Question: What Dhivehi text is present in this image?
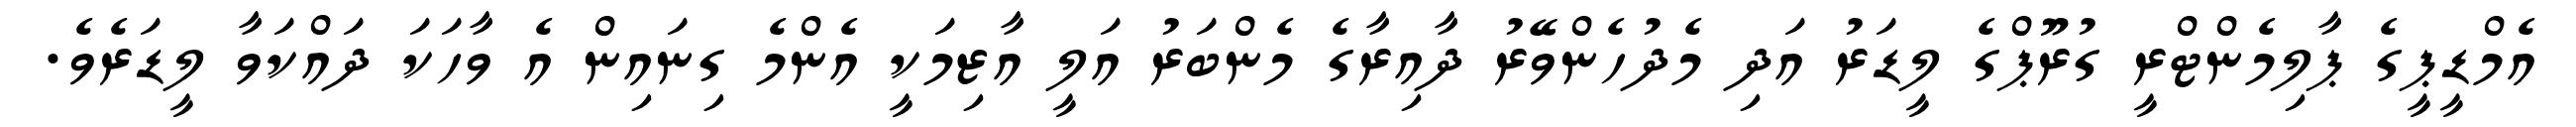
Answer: އެމްޑީޕީގެ ޕާލިމެންޓްރީ ގުރޫޕްގެ ލީޑަރު އަދި މެދުހެންވޭރު ދާއިރާގެ މެންބަރު އަލީ އާޒިމަކީ އެންމެ ގިނައިން އެ ވާހަކަ ދައްކަވާ ލީޑަރެވެ.